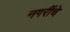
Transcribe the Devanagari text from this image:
नगरींचे